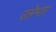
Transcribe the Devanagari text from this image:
उलेमाए